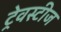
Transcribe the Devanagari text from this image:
ट्रेवस्टीज